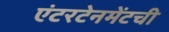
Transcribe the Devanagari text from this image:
एंटरटेनमेंटची